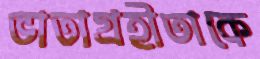
ভাতাগ্রহীতাকে